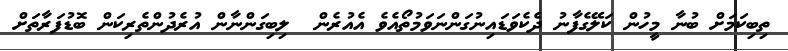
ތިބިކަމަށް ބުނާ މީހުން ކަލޭގެފާނު ދެކެވަޑައިނުގަންނަވަމުތޯއެވެ އެއުރެން  ލިބިގަންނާން އުރެދުންތެރިކަން ބޮޑުފަރާތަށް